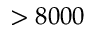
> 8 0 0 0